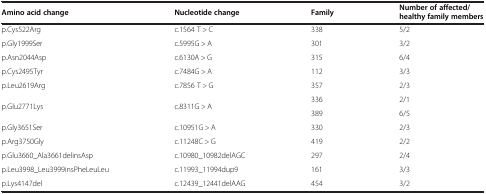
<table><thead><tr><td><b>Amino acid change</b></td><td><b>Nucleotide change</b></td><td><b>Family</b></td><td><b>Number of affected/healthy family members</b></td></tr></thead><tbody><tr><td>p.Cys522Arg</td><td>c.1564 T &gt; C</td><td>338</td><td>5/2</td></tr><tr><td>p.Gly1999Ser</td><td>c.5995G &gt; A</td><td>301</td><td>3/2</td></tr><tr><td>p.Asn2044Asp</td><td>c.6130A &gt; G</td><td>315</td><td>6/4</td></tr><tr><td>p.Cys2495Tyr</td><td>c.7484G &gt; A</td><td>112</td><td>3/3</td></tr><tr><td>p.Leu2619Arg</td><td>c.7856 T &gt; G</td><td>357</td><td>2/3</td></tr><tr><td rowspan="2">p.Glu2771Lys</td><td rowspan="2">c.8311G &gt; A</td><td>336</td><td>2/1</td></tr><tr><td>389</td><td>6/5</td></tr><tr><td>p.Gly3651Ser</td><td>c.10951G &gt; A</td><td>330</td><td>2/3</td></tr><tr><td>p.Arg3750Gly</td><td>c.11248C &gt; G</td><td>419</td><td>2/2</td></tr><tr><td>p.Glu3660_Ala3661delinsAsp</td><td>c.10980_10982delAGC</td><td>297</td><td>2/4</td></tr><tr><td>p.Leu3998_Leu3999insPheLeuLeu</td><td>c.11993_11994dup9</td><td>161</td><td>3/3</td></tr><tr><td>p.Lys4147del</td><td>c.12439_12441delAAG</td><td>454</td><td>3/2</td></tr></tbody></table>